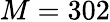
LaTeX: M=302